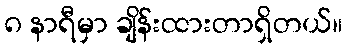
၈ နာရီမှာ ချိန်းထားတာရှိတယ်။